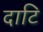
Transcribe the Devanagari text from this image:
दाटि